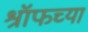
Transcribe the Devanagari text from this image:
श्रॉफच्या